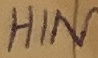
Text: HIN